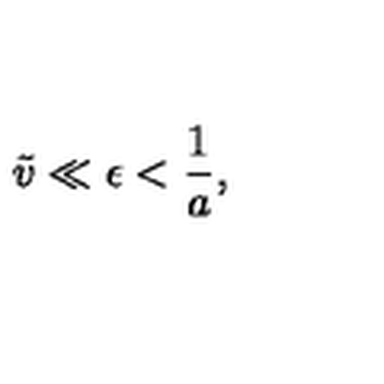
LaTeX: \tilde { v } \ll \epsilon < { \frac { 1 } { a } } ,